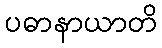
ပဓာနာယာတိ